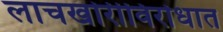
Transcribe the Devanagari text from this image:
लाचखोरीविरोधात